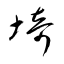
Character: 埼